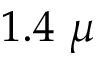
1 . 4 ~ \mu